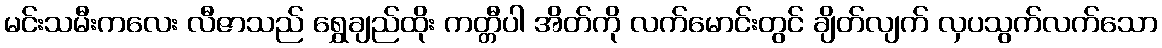
မင်းသမီးကလေး လီဇာသည် ရွှေချည်ထိုး ကတ္တီပါ အိတ်ကို လက်မောင်းတွင် ချိတ်လျက် လှပသွက်လက်သော